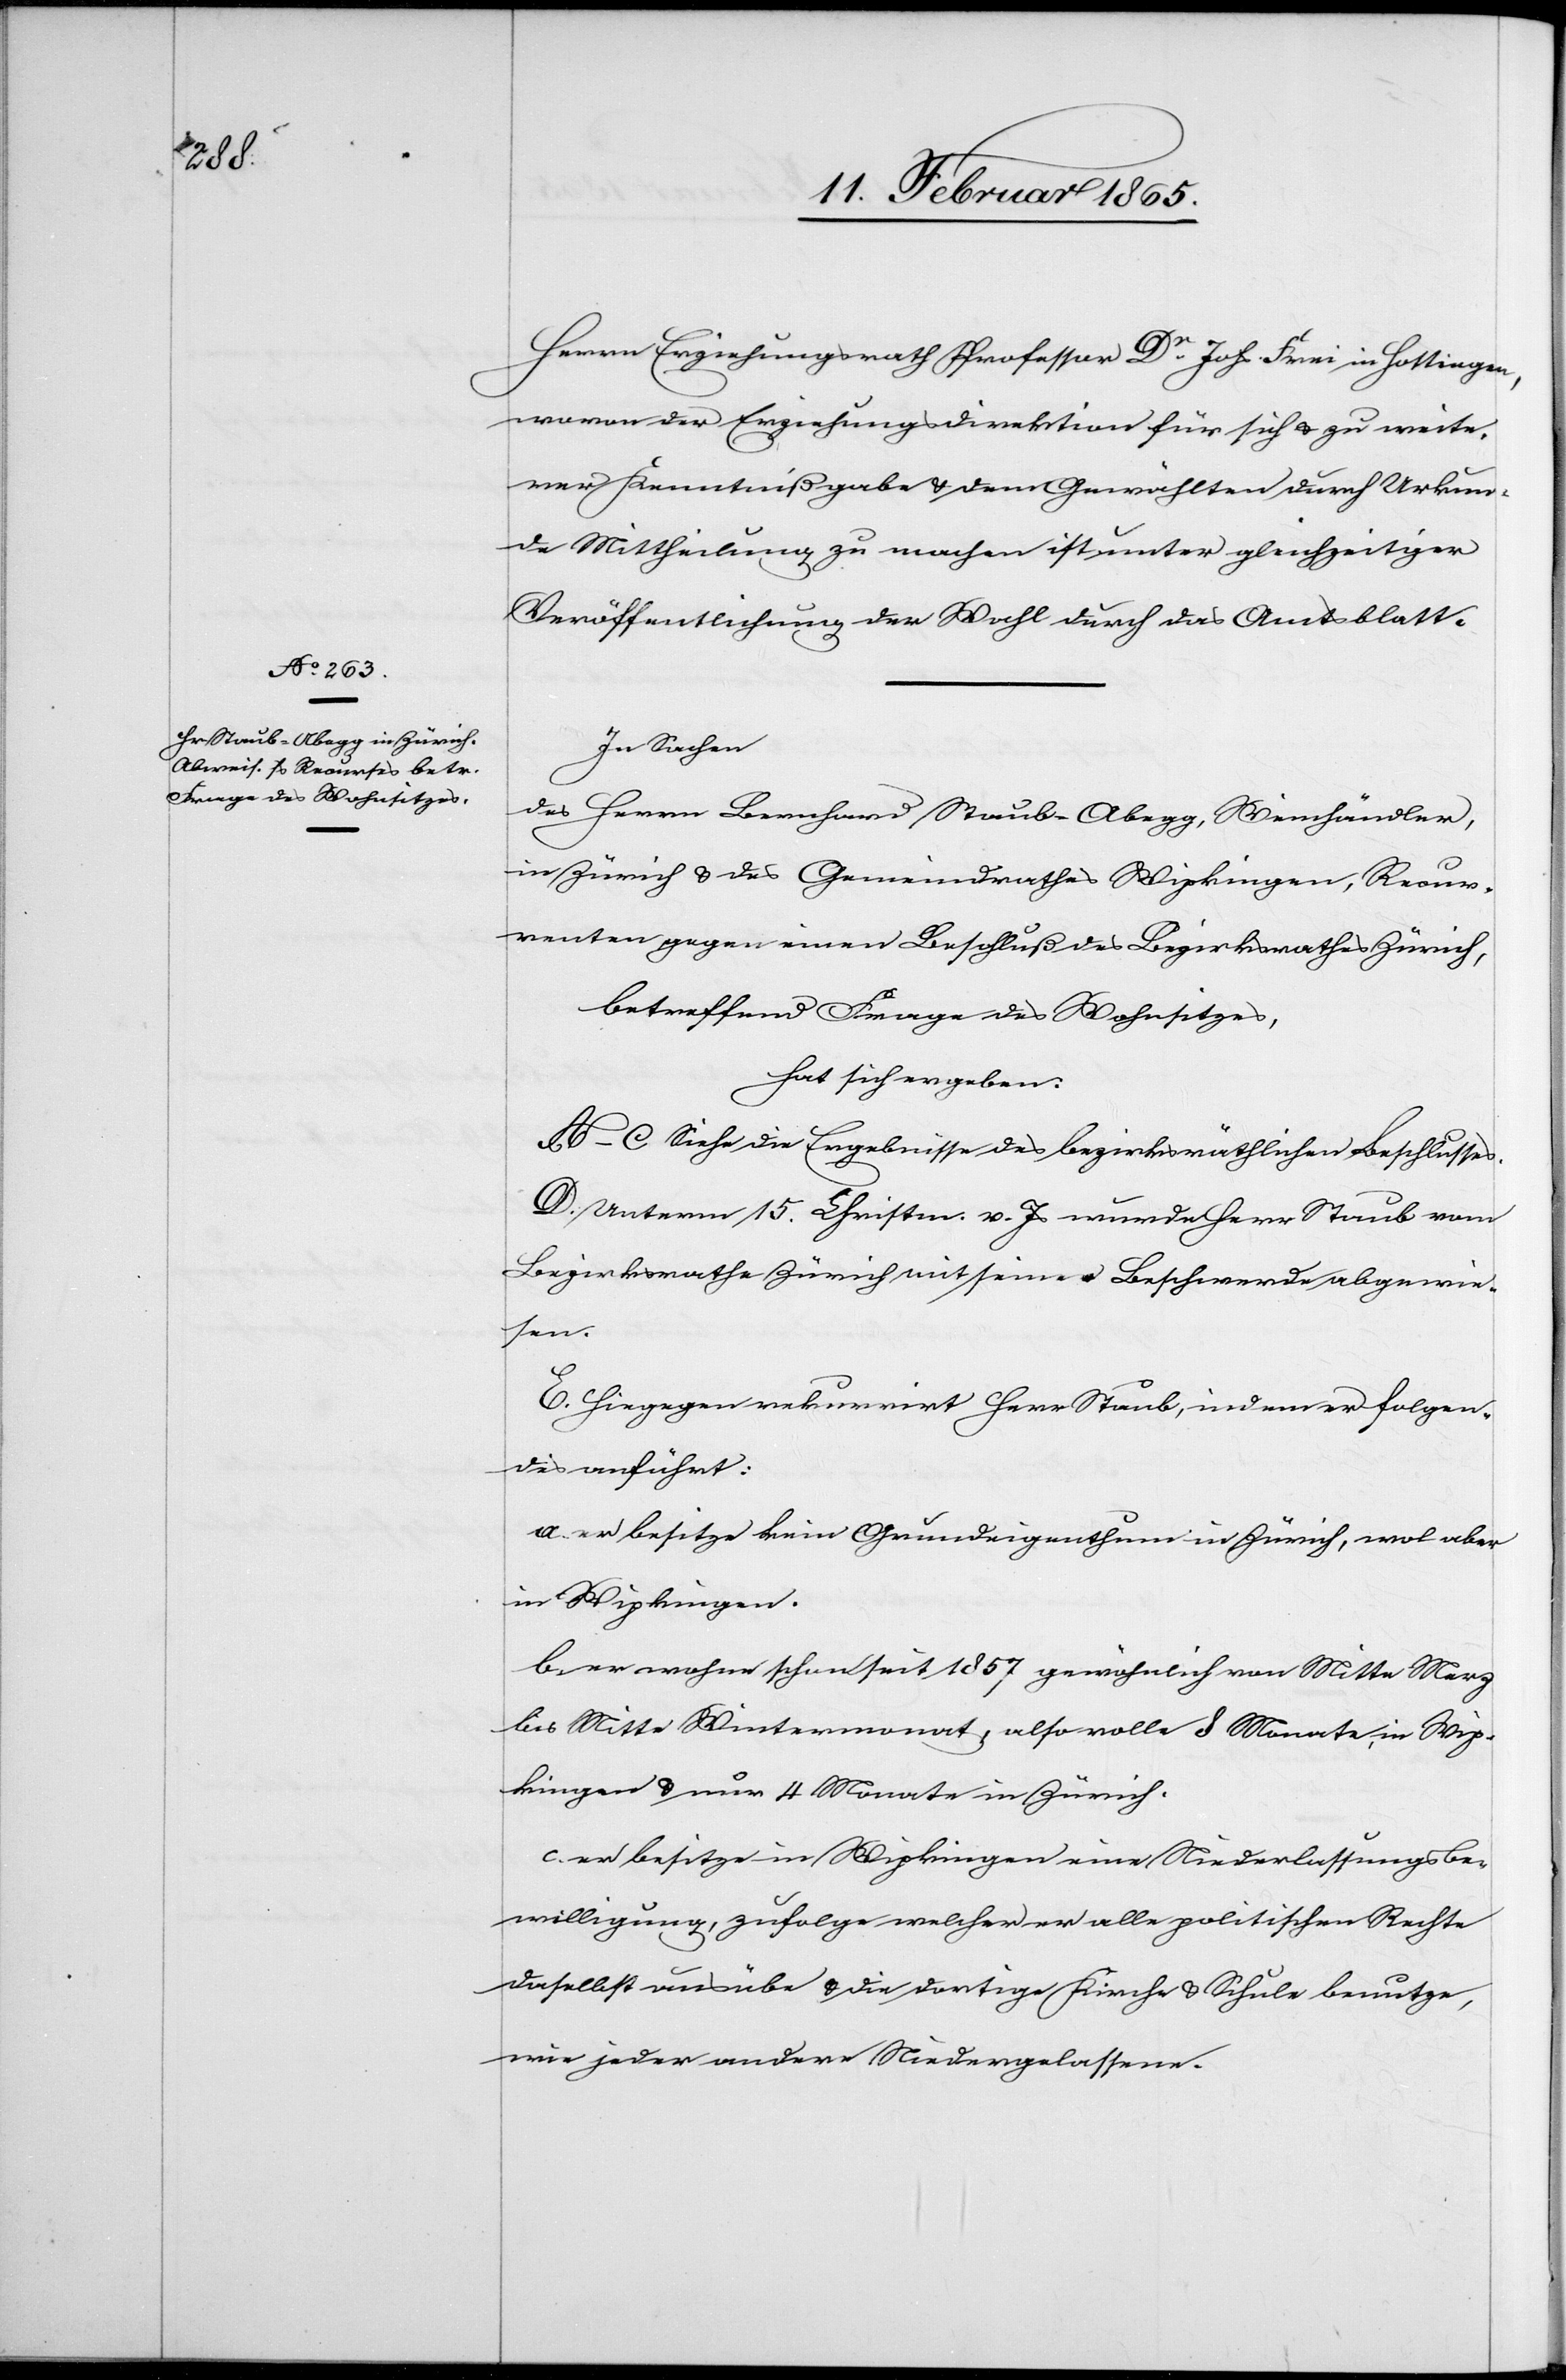
Herrn Erziehungsrath Professor Dr Joh. Frei in Hottingen,
wovon der Erziehungsdirektion für sich u. zu weite¬
rer Kenntnißgabe u. dem Gewählten durch Urkun¬
de Mittheilung zu machen ist unter gleichzeitiger
Veröffentlichung der Wahl durch das Amtsblatt.
In Sachen
des Herrn Bernhard Staub-Abegg, Weinhändler,
in Zürich u. des Gemeindrathes Wipkingen, Recur¬
renten gegen einen Beschluß des Bezirksrathes Zürich,
betreffend Frage des Wohnsitzes,
hat sich ergeben:
A–C Siehe die Ergebnisse des bezirksräthlichen Beschlusses.
D. Unterm 15. Christm. v. Js wurde Herr Staub vom
Bezirksrathe Zürich mit seiner Beschwerde abgewie¬
sen.
E. Hingegen rekurrirt Herr Staub, indem er folgen¬
des anführt:
a. er besitze kein Grundeigenthum in Zürich, wol aber
in Wipkingen.
b. er wohne schon seit 1857 gewöhnlich von Mitte Merz
bis Mitte Wintermonat, also volle 8 Monate, in Wip¬
kingen u. nur 4 Monate in Zürich.
c. er besitze in Wipkingen eine Niederlassungsbe¬
willigung, zufolge welcher er alle politischen Rechte
daselbst ausübe u. die dortige Kirche u. Schule benutze,
wie jeder andere Niedergelassene.